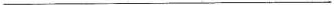
___